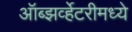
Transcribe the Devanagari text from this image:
ऑब्झर्व्हेटरीमध्ये